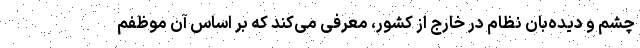
چشم و دیده‌بان نظام در خارج از کشور، معرفی می‌کند که بر اساس آن موظفم